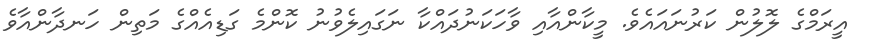
އީރަމްގެ ލޮލުން ކަރުނައައެވެ. މީކާންއާއި ވާހަކަނުދައްކާ ނަގައިލެވުނު ކޮންމެ ގަޑިއެއްގެ މަތިން ހަނދާންއާވެ